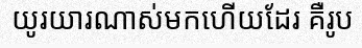
យូរយារណាស់មកហើយដែរ គឺរូប